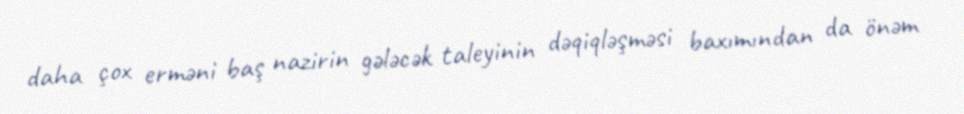
daha çox erməni baş nazirin gələcək taleyinin dəqiqləşməsi baxımından da önəm